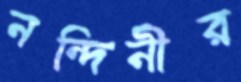
নন্দিনীর